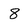
Character: 8